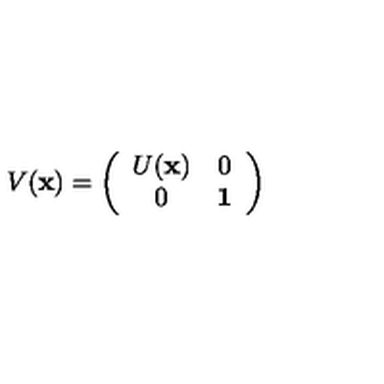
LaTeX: V ( { \bf x } ) = \left( \begin{array} { c c } { U ( { \bf x } ) } & { 0 } \\ { 0 } & { { \bf 1 } } \\ \end{array} \right)